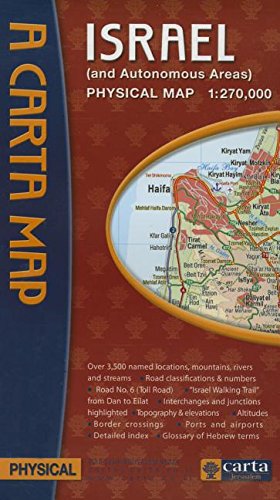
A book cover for Israel and Autonomous Areas Physical Map; Travel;